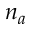
n _ { a }